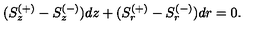
( S _ { z } ^ { ( + ) } - S _ { z } ^ { ( - ) } ) d z + ( S _ { r } ^ { ( + ) } - S _ { r } ^ { ( - ) } ) d r = 0 .